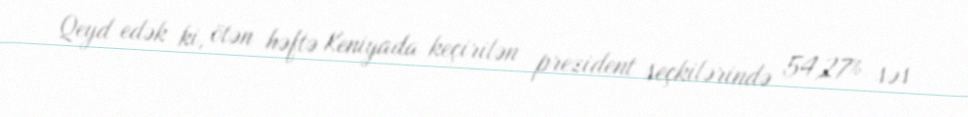
Qeyd edək ki, ötən həftə Keniyada keçirilən prezident seçkilərində 54,27% səs